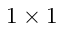
1 \times 1